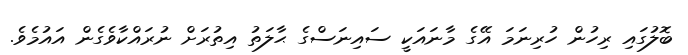
ބޮލުގައި ރިހުން ހުރިނަމަ އޭގެ މާނައަކީ ސައިނަސްގެ ޙާލަތު އިތުރަށް ނުރައްކާވެގެން އައުމެވެ.